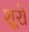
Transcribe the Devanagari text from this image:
शूरो